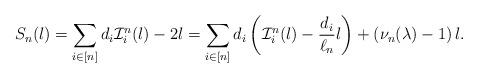
LaTeX: \begin{align*} S_n(l)= \sum_{i\in [n]} d_i \mathcal{I}_i^n(l)-2l=\sum_{i\in [n]} d_i \left( \mathcal{I}_i^n(l)-\frac{d_i}{\ell_n}l\right)+\left( \nu_n(\lambda)-1\right)l. \end{align*}